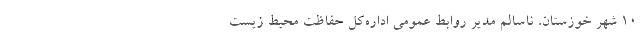
۱۰ شهر خوزستان، ناسالم مدیر روابط عمومی اداره‌کل حفاظت محیط زیست